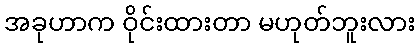
အခုဟာက ဝိုင်းထားတာ မဟုတ်ဘူးလား